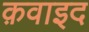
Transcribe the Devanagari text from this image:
क़वाइद